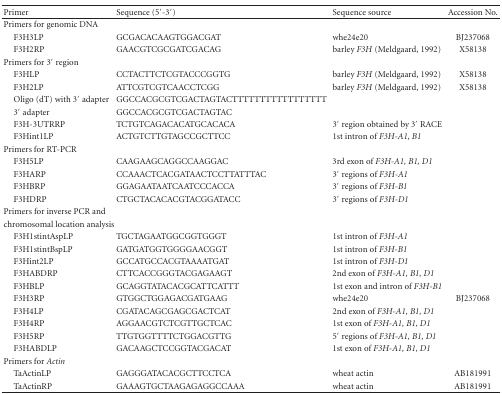
<table><thead><tr><td><b>Primer</b></td><td><b>Sequence (5′-3′)</b></td><td><b>Sequence source</b></td><td><b>Accession No.</b></td></tr></thead><tbody><tr><td>Primers for genomic DNA</td><td></td><td></td><td></td></tr><tr><td> F3H3LP</td><td>GCGACACAAGTGGACGAT</td><td>whe24e20</td><td>BJ237068</td></tr><tr><td> F3H2RP</td><td>GAACGTCGCGATCGACAG</td><td>barley <i>F3H </i>(Meldgaard, 1992)</td><td>X58138</td></tr><tr><td>Primers for 3′ region</td><td></td><td></td><td></td></tr><tr><td> F3HLP</td><td>CCTACTTCTCGTACCCGGTG</td><td>barley <i>F3H</i> (Meldgaard, 1992)</td><td>X58138</td></tr><tr><td> F3H2LP</td><td>ATTCGTCGTCAACCTCGG</td><td>barley <i>F3H</i> (Meldgaard, 1992)</td><td>X58138</td></tr><tr><td> Oligo (dT) with 3′ adapter</td><td>GGCCACGCGTCGACTAGTACTTTTTTTTTTTTTTTTT</td><td></td><td></td></tr><tr><td> 3′ adapter</td><td>GGCCACGCGTCGACTAGTAC</td><td></td><td></td></tr><tr><td> F3H-3UTRRP</td><td>TCTGTCAGACACATGCACACA</td><td>3′ region obtained by 3′ RACE</td><td></td></tr><tr><td> F3Hint1LP</td><td>ACTGTCTTGTAGCCGCTTCC</td><td>1st intron of <i>F3H-A1, B1 </i></td><td></td></tr><tr><td>Primers for RT-PCR</td><td></td><td></td><td></td></tr><tr><td> F3H5LP</td><td>CAAGAAGCAGGCCAAGGAC</td><td>3rd exon of <i>F3H-A1, B1, D1 </i></td><td></td></tr><tr><td> F3HARP</td><td>CCAAACTCACGATAACTCCTTATTTAC</td><td>3′ regions of <i>F3H-A1 </i></td><td></td></tr><tr><td> F3HBRP</td><td>GGAGAATAATCAATCCCACCA</td><td>3′ regions of <i>F3H-B1 </i></td><td></td></tr><tr><td> F3HDRP</td><td>CTGCTACACACGTACGGATACC</td><td>3′ regions of <i>F3H-D1 </i></td><td></td></tr><tr><td>Primers for inverse PCR and</td><td></td><td></td><td></td></tr><tr><td>chromosomal location analysis</td><td></td><td></td><td></td></tr><tr><td> F3H1stintAspLP</td><td>TGCTAGAATGGCGGTGGGT</td><td>1st intron of <i>F3H-A1 </i></td><td></td></tr><tr><td> F3H1stintBspLP</td><td>GATGATGGTGGGGAACGGT</td><td>1st intron of <i>F3H-B1 </i></td><td></td></tr><tr><td> F3Hint2LP</td><td>GCCATGCCACGTAAAATGAT</td><td>1st intron of <i>F3H-D1 </i></td><td></td></tr><tr><td> F3HABDRP</td><td>CTTCACCGGGTACGAGAAGT</td><td>2nd exon of <i>F3H-A1, B1, D1 </i></td><td></td></tr><tr><td> F3HBLP</td><td>GCAGGTATACACGCATTCATTT</td><td>1st exon and intron of <i>F3H-B1 </i></td><td></td></tr><tr><td> F3H3RP</td><td>GTGGCTGGAGACGATGAAG</td><td>whe24e20</td><td>BJ237068</td></tr><tr><td> F3H4LP</td><td>CGATACAGCGAGCGACTCAT</td><td>2nd exon of <i>F3H-A1, B1, D1 </i></td><td></td></tr><tr><td> F3H4RP</td><td>AGGAACGTCTCGTTGCTCAC</td><td>1st exon of <i>F3H-A1, B1, D1 </i></td><td></td></tr><tr><td> F3H5RP</td><td>TTGTGGTTTTCTGGACGTTG</td><td>5′ regions of<i> F3H-A1, B1, D1 </i></td><td></td></tr><tr><td> F3HABDLP</td><td>GACAAGCTCCGGTACGACAT</td><td>1st exon of<i> F3H-A1, B1, D1 </i></td><td></td></tr><tr><td>Primers for <i>Actin </i></td><td></td><td></td><td></td></tr><tr><td> TaActinLP</td><td>GAGGGATACACGCTTCCTCA</td><td>wheat actin</td><td>AB181991</td></tr><tr><td> TaActinRP</td><td>GAAAGTGCTAAGAGAGGCCAAA</td><td>wheat actin</td><td>AB181991</td></tr></tbody></table>